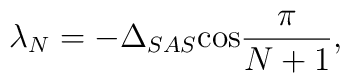
\lambda _{N}=-\Delta _{SAS}\mathrm{\cos }\frac{\pi }{N+1},